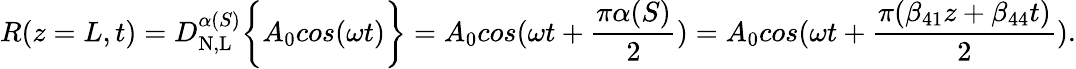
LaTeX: R(z=L,t)=D_{\mathrm{N,L}}^{\alpha(S)}\bigg\{ {A_{0}cos(\omega t)\bigg\} }=A_{0}cos(\omega t+\frac{\pi\alpha(S)}{2})=A_{0}cos(\omega t+\frac{\pi(\beta_{41}z+\beta_{44}t)}{2}).